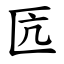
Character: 匟